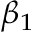
\beta _ { 1 }